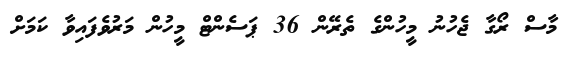
މާސް ރޯގާ ޖެހުނު މީހުންގެ ތެރޭން 36 ޕަސެންޓް މީހުން މަރުވެފައިވާ ކަމަށް